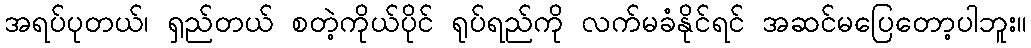
အရပ်ပုတယ်၊ ရှည်တယ် စတဲ့ကိုယ်ပိုင် ရုပ်ရည်ကို လက်မခံနိုင်ရင် အဆင်မပြေတော့ပါဘူး။